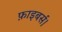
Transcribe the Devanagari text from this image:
फ़ाइबर्स।